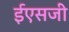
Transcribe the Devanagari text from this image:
ईएसजी